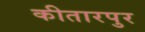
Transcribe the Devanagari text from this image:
कीतारपुर